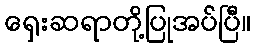
ရှေးဆရာတို့ပြုအပ်ပြီ။